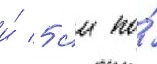
и́ 5 см по́